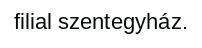
filial szentegyház.